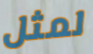
لمثل